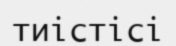
тиістісі